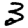
Digit: 3